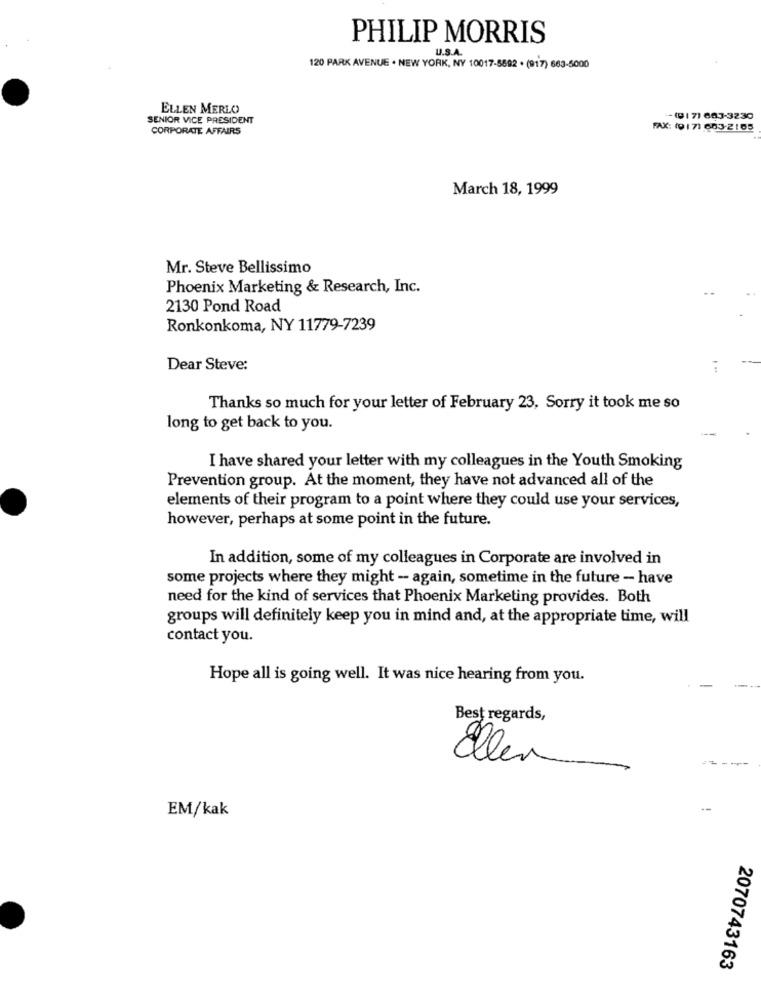
PHILIP MORRIS
U.S.A.
120 PARK AVENUE . NEW YORK, NY 10017-8802 . (917) 683-5000
ELLEN MERLO
SENIOR VICE PRESIDENT
-(91 7) 683-3230
CORPORATE AFFAIRS
FAX: (9171 603-2165
March 18, 1999
Mr. Steve Bellissimo
Phoenix Marketing & Research, Inc.
2130 Pond Road
Ronkonkoma, NY 11779-7239
Dear Steve:
Thanks so much for your letter of February 23, Sorry it took me so
long to get back to you.
I have shared your letter with my colleagues in the Youth Smoking
Prevention group. At the moment, they have not advanced all of the
elements of their program to a point where they could use your services,
however, perhaps at some point in the future.
In addition, some of my colleagues in Corporate are involved in
some projects where they might - again, sometime in the future - have
need for the kind of services that Phoenix Marketing provides. Both
groups will definitely keep you in mind and, at the appropriate time, will
contact you.
Hope all is going well. It was nice hearing from you.
Best regards,
Ellen
EM/kak
2070743163